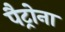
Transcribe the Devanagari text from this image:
पैट्रोना